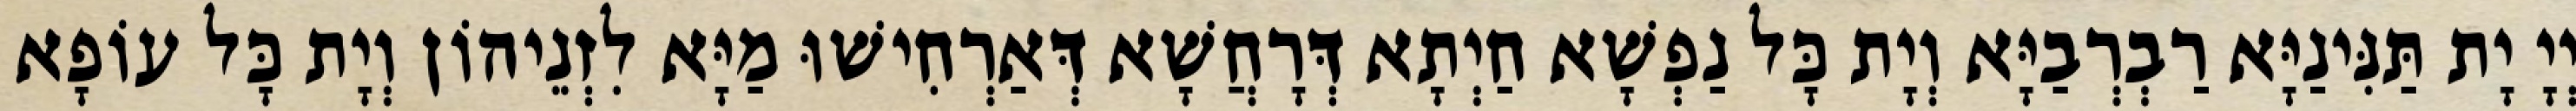
יְיָ יָת תַּנִּינַיָּא רַבְרְבַיָּא וְיָת כָּל נַפְשָׁא חַיְתָא דְּרָחֲשָׁא דְּאַרְחִישׁוּ מַיָּא לִזְנֵיהוֹן וְיָת כָּל עוֹפָא